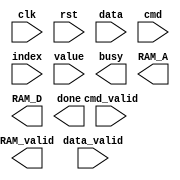
module MPQ(clk,rst,data_valid,data,cmd_valid,cmd,index,value,busy,RAM_valid,RAM_A,RAM_D,done);
input clk;
input rst;
input data_valid;
input [7:0] data;
input cmd_valid;
input [2:0] cmd;
input [7:0] index;
input [7:0] value;
output reg busy;
output reg RAM_valid;
output reg [7:0]RAM_A;
output reg [7:0]RAM_D;
output reg done;

endmodule